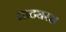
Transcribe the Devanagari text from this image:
नाट्यरस